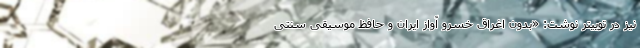
نیز در توییتر نوشت: «بدون اغراق خسرو آواز ایران و حافظ موسیقی سنتی